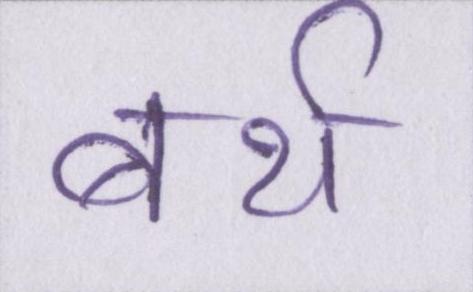
बर्थ